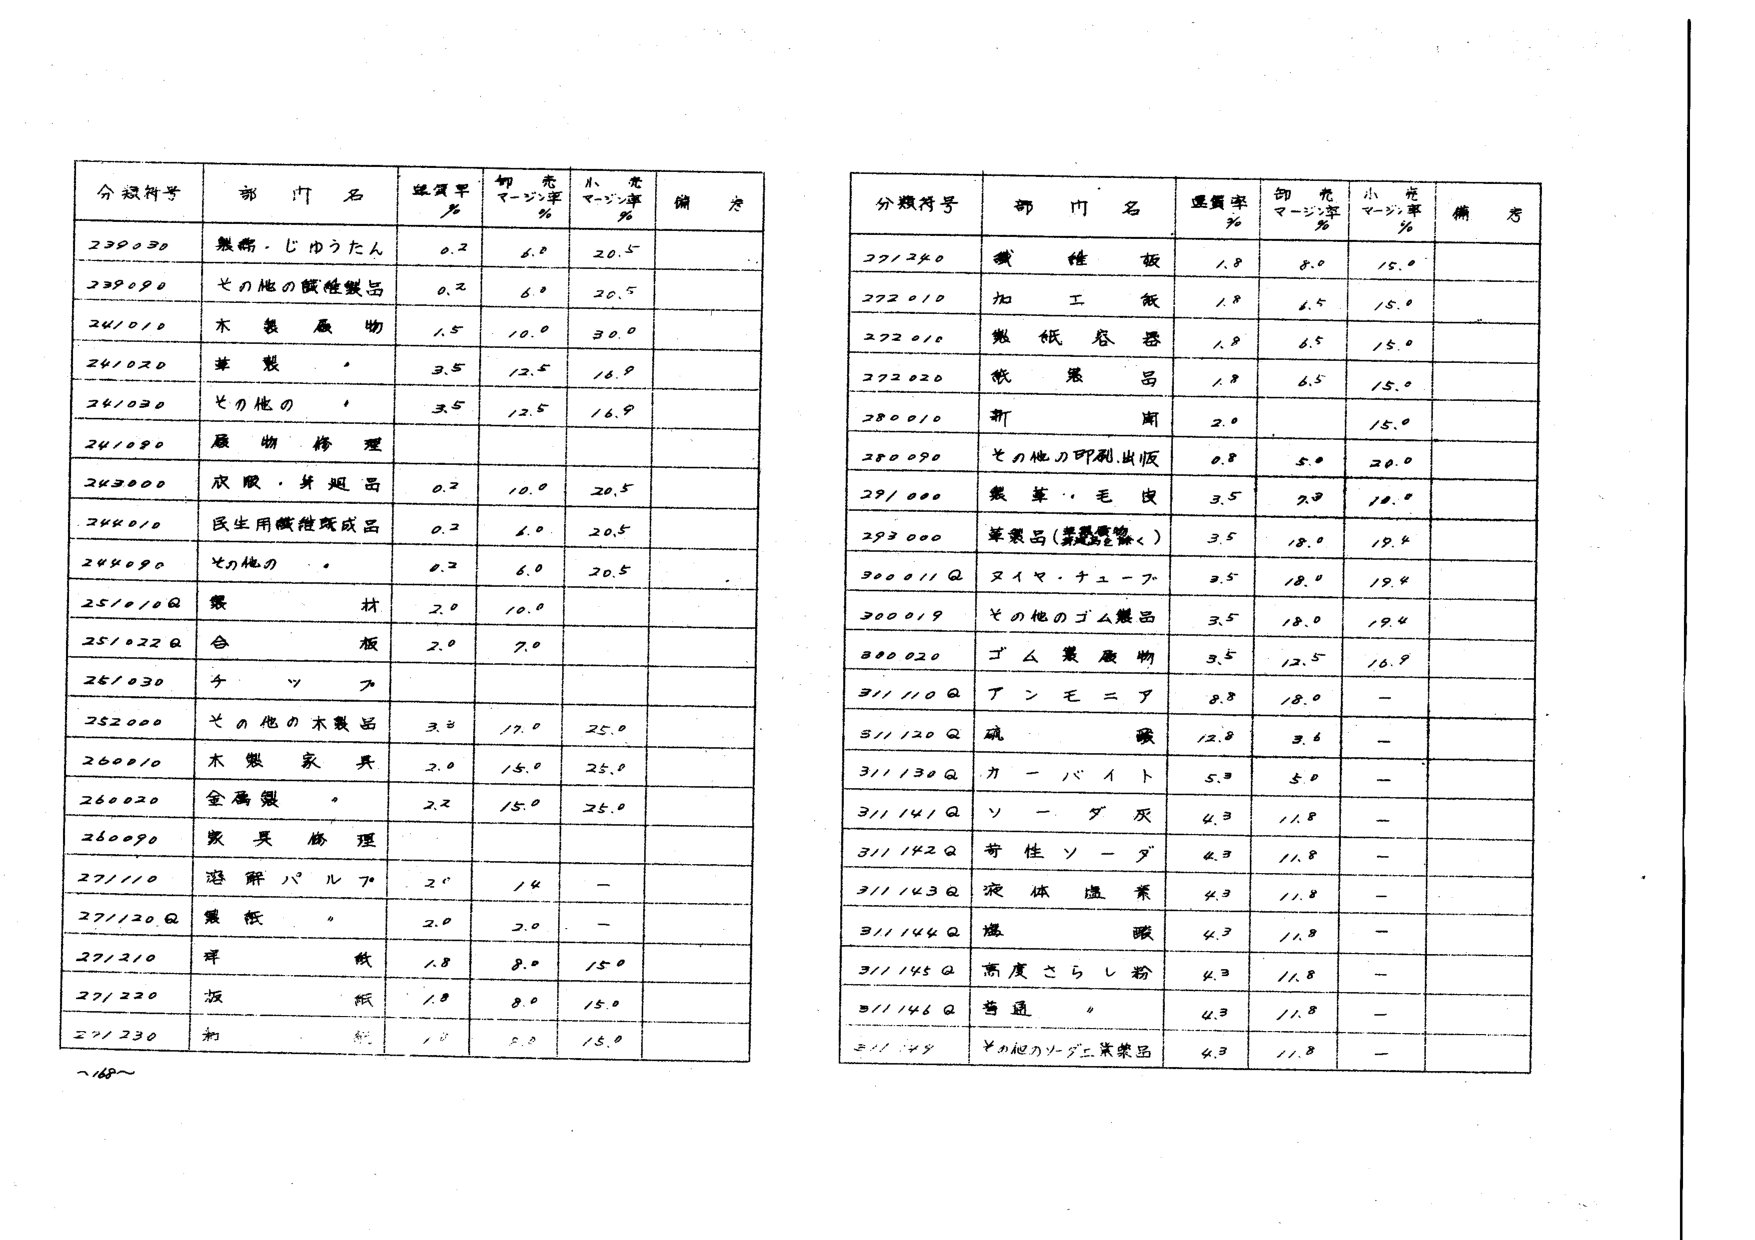
分類符号 部門名 重量率％ 卸売マージン率％ 小売マージン率％ 備考
239030 無断・じゅうたん 0.2 6.0 20.5
239090 その他の繊維製品 0.2 6.0 20.5
241010 木製履物 1.5 10.0 30.0
241020 革製 3.5 12.5 16.9
241030 その他の 3.5 12.5 16.9
241090 履物修理
243000 衣服・身延品 0.2 10.0 20.5
244010 民生用繊維製成品 0.2 6.0 20.5
244090 その他の 0.2 6.0 20.5
251010Q 紙材 2.0 10.0
251022Q 合板 2.0 7.0
251030 キャンプ
252000 その他の木製品 3.0 17.0 25.0
260010 木製家具 2.0 15.0 25.0
260020 金属製 2.2 15.0 25.0
260090 家具修理
271110 溶解パルプ 2.0 14 -
271120Q 紙板 2.0 2.0 -
271210 紙板 1.8 8.0 15.0
271220 板紙 1.8 8.0 15.0
271230 和紙 1.0 5.0 15.0

分類符号 部門名 重量率％ 卸売マージン率％ 小売マージン率％ 備考
271240 繊維板 1.8 8.0 15.0
272010 加工紙 1.8 6.5 15.0
272010 紙板容器 1.8 6.5 15.0
272020 紙製品 1.8 6.5 15.0
280010 新聞 2.0 15.0
280090 その他の印刷出版 0.8 5.0 20.0
291000 繊維・毛皮 3.5 2.0 10.0
293000 草製品（茅葺屋根く） 3.5 18.0 19.4
300011Q ダイマ・チューブ 3.5 18.0 19.4
300019 その他のゴム製品 3.5 18.0 19.4
300020 ゴム製履物 3.5 12.5 16.9
311110Q テンモニア 8.8 18.0 -
311120Q 硫酸 12.0 3.6 -
311130Q カーバイト 5.3 5.0 -
311141Q ソーダ灰 4.3 11.8 -
311142Q 特性ソーダ 4.3 11.8 -
311143Q 液体塩素 4.3 11.8 -
311144Q 塩酸 4.3 11.8 -
311145Q 高度さらし粉 4.3 11.8 -
311146Q 普通 4.3 11.8 -
311147 その他のソーダ工業製品 4.3 11.8 -

~168~